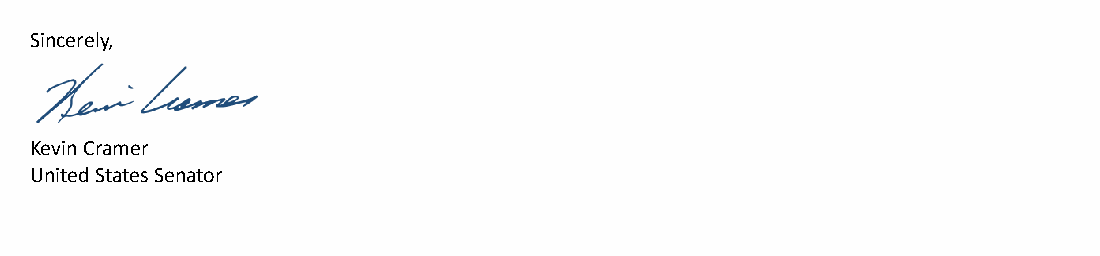
Sincerely,
 Kevin Cramer
 United States Senator
 Please do not reply to this email. The mailbox is unaNended.
 To share your thoughts please visit my webpage.
 Page 2 of 2